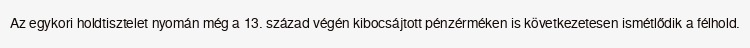
Az egykori holdtisztelet nyomán még a 13. század végén kibocsájtott pénzérméken is következetesen ismétlődik a félhold.